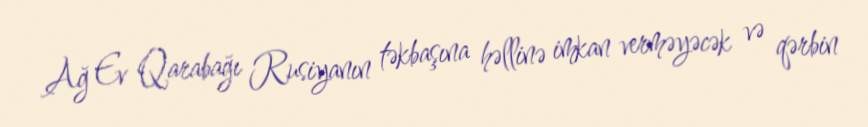
Ağ Ev Qarabağı Rusiyanın təkbaşına həllinə imkan verməyəcək və qərbin